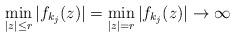
LaTeX: \begin{align*}\min_{|z|\leq r}|f_{k_j}(z)|=\min_{|z|=r}|f_{k_j}(z)|\to\infty\end{align*}